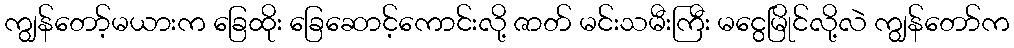
ကျွန်တော့်မယားက ခြေထိုး ခြေဆောင့်ကောင်းလို့ ဇာတ် မင်းသမီးကြီး မငွေမြိုင်လို့လဲ ကျွန်တော်က